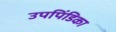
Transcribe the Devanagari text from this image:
उपपिंडिका